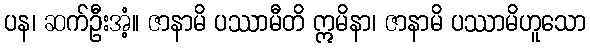
ပန၊ ဆက်ဦးအံ့။ ဇာနာမိ ပဿာမီတိ ဣမိနာ၊ ဇာနာမိ ပဿာမိဟူသော